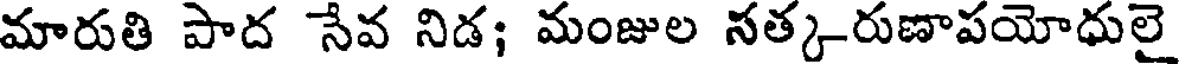
మారుతి పాద సేవ నిడ; మంజుల సత్క-రుణాపయోధులై